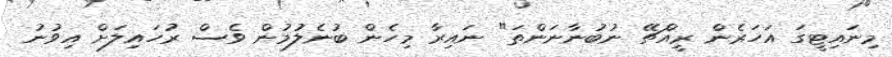
މިނައިޓީގަ އަހަރެން ރީއްޗޭ ނުބުނާނަންތަ" ނައިރާ މިހެން ބުނެލުމުން ވެސް ރުހައިލަށް އިވުނު